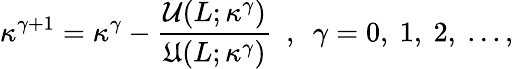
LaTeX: \kappa^{\gamma+1}=\kappa^{\gamma}-\frac{\mathcal{U}(L;\kappa^{\gamma})}{\mathfrak{U}(L;\kappa^{\gamma})}~~,~~\gamma=0,~1,~2,~...,